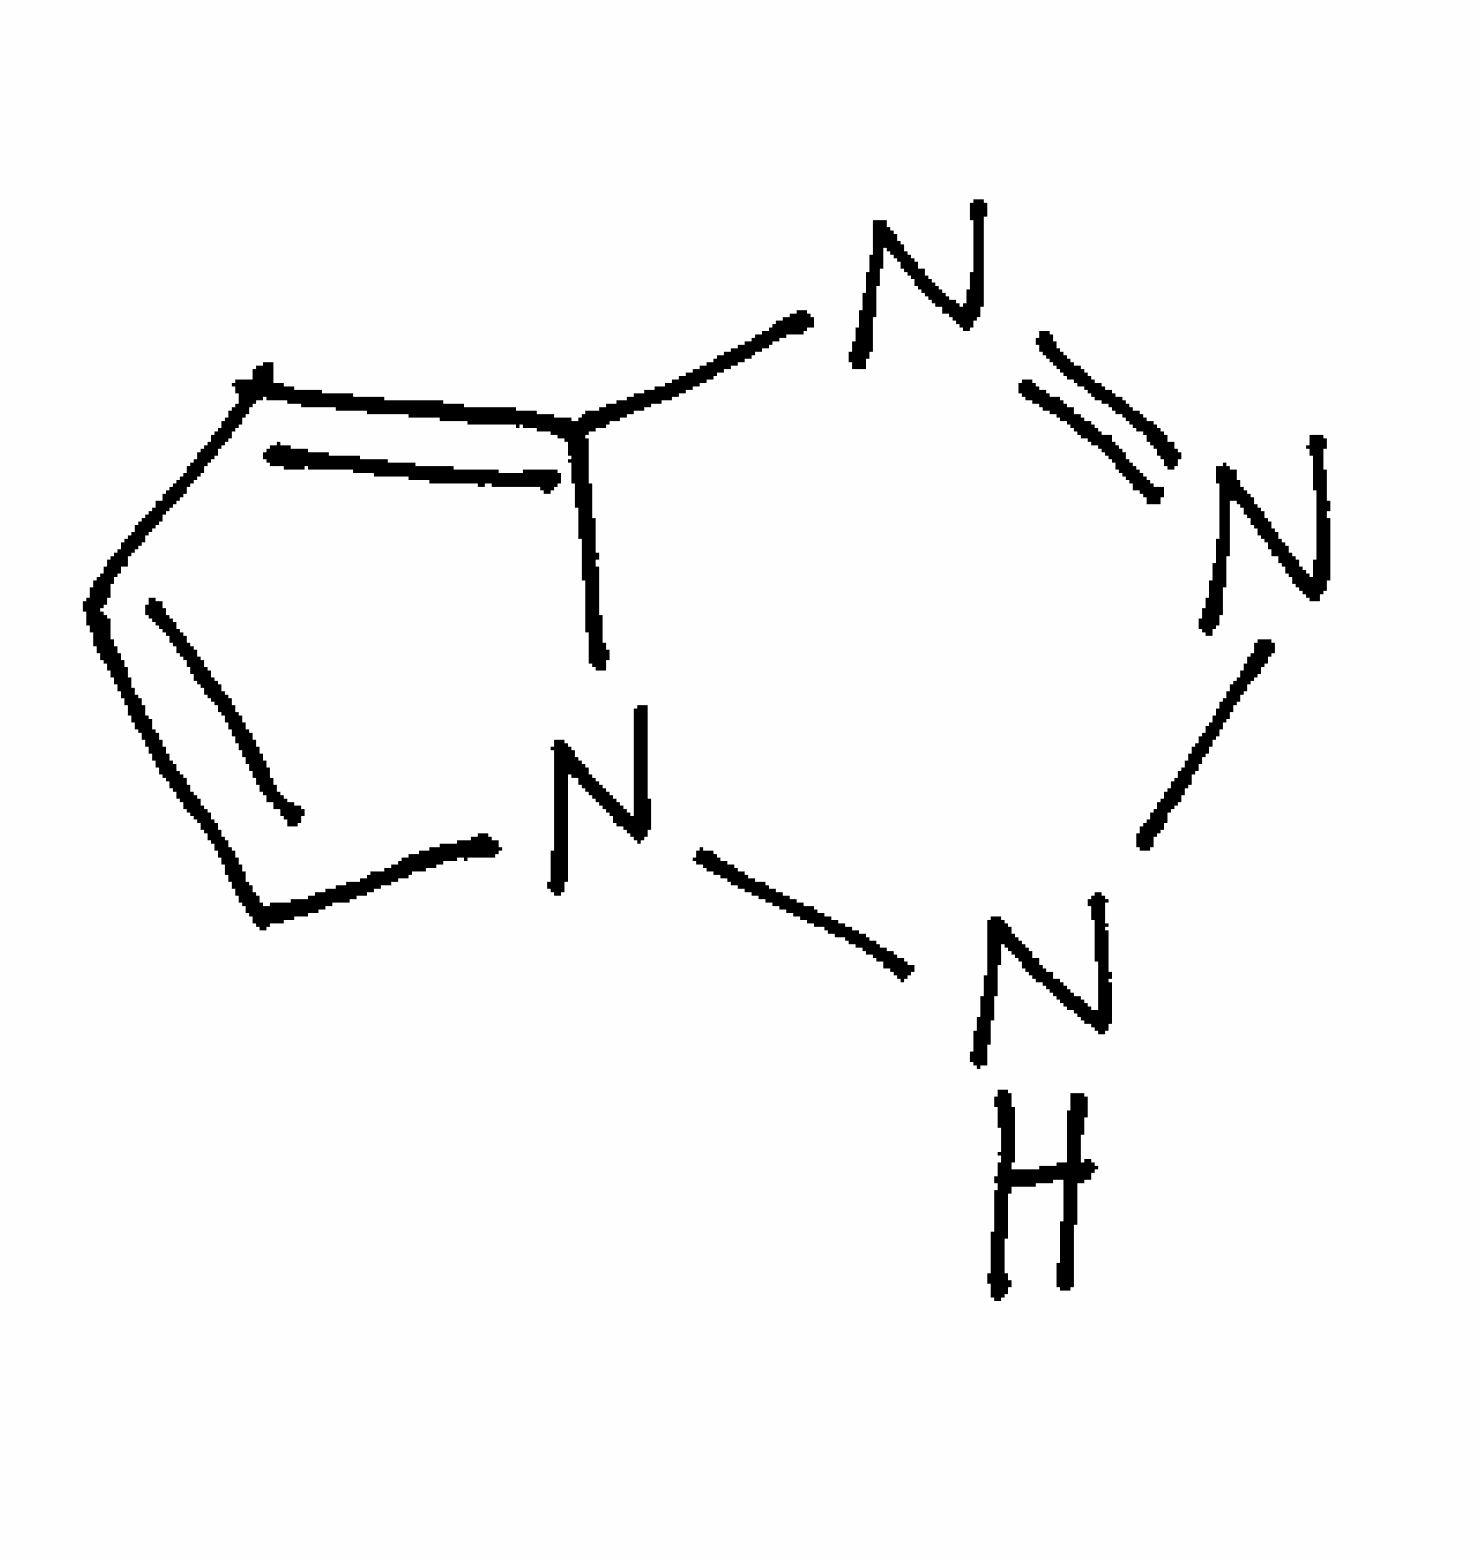
Simplified molecular-input line-entry system (SMILES) notation of the given molecule:
C1=CN2C(=C1)N=NN2